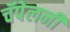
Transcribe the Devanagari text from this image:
चॅपेलनी